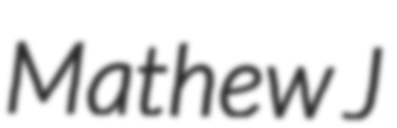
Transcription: Mathew J